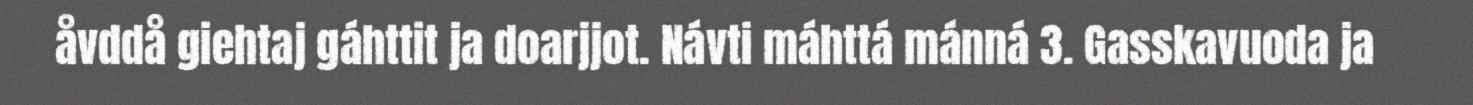
åvddå giehtaj gáhttit ja doarjjot. Návti máhttá mánná 3. Gasskavuoda ja